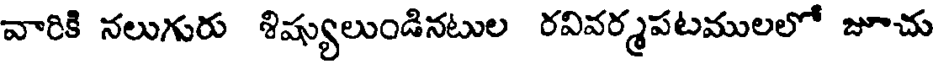
వారికి నలుగురు శిష్యులుండినటుల రవివర్మపటములలో జూచు